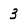
Character: 3